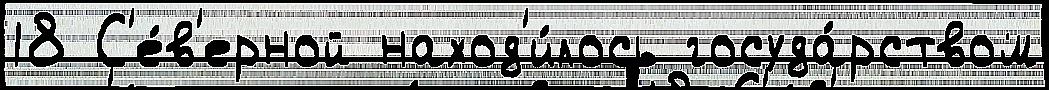
18 С'е́в'ерной наход'и́лось госуда́рством